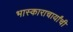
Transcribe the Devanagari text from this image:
भास्काराचार्यांची